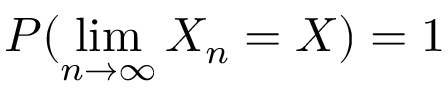
P ( \operatorname* { l i m } _ { n \rightarrow \infty } X _ { n } = X ) = 1